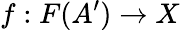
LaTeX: f:F(A^{\prime})\to X